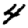
Digit: 4